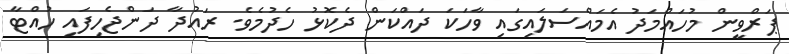
ޕަރްވީން މުހައްމަދު އެމައްސަލައިގައި ވާހަކަ ދައްކަން ދެކޮޅު ހެދުމެވެ. ރައުދާ ދަންޖެހިފައި ހުއްޓާ